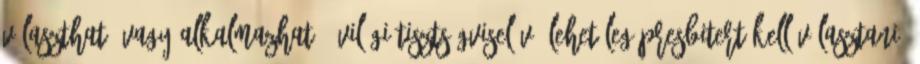
választható vagy alkalmazható. Világi tisztségviselővé lehetőleg presbitert kell választani.